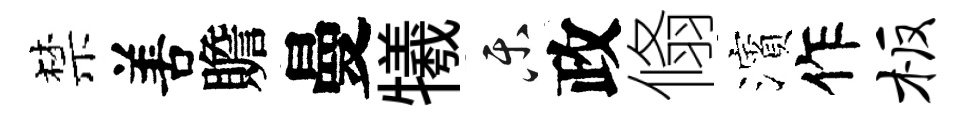
禁𠵊贍曼犧乐政翛濱作板